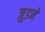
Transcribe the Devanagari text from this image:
जुडनें